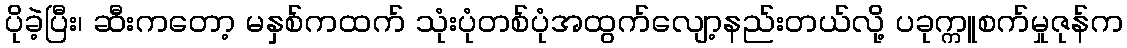
ပိုခဲ့ပြီး၊ ဆီးကတော့ မနှစ်ကထက် သုံးပုံတစ်ပုံအထွက်လျော့နည်းတယ်လို့ ပခုက္ကူစက်မှုဇုန်က